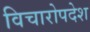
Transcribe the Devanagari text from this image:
विचारोपदेश